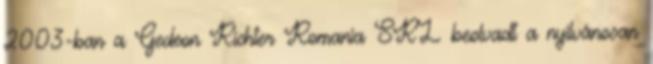
2003-ban a Gedeon Richter Romania SRL beolvadt a nyilvánosan